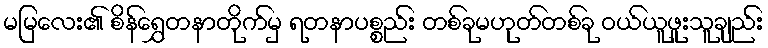
မမြလေး၏ စိန်ရွှေတနာတိုက်မှ ရတနာပစ္စည်း တစ်ခုမဟုတ်တစ်ခု ဝယ်ယူဖူးသူချည်း